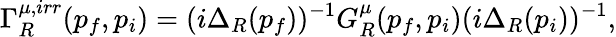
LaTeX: \Gamma_{R}^{\mu,irr}(p_{f},p_{i})=(i\Delta_{R}(p_{f}))^{-1}G_{R}^{\mu}(p_{f},p_{i})(i\Delta_{R}(p_{i}))^{-1},